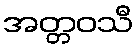
အတ္တဝသီ